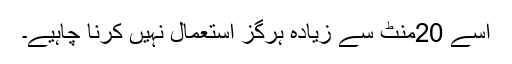
اسے 20منٹ سے زیادہ ہرگز استعمال نہیں کرنا چاہیے۔